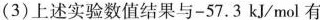
(3)上述实验数值结果与-57.3kJ/mol有